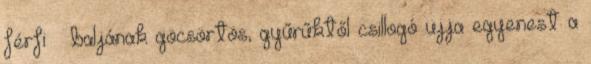
férfi – baljának göcsörtös, gyűrűktől csillogó ujja egyenest a